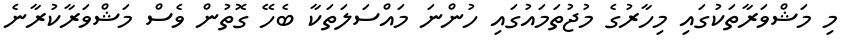
މި މަޝްވަރާތަކުގައި މިހާރުގެ މުޖުތަމައުގައި ހުންނަ މައްސަލަތަކާ ބެހޭ ގޮތުން ވެސް މަޝްވަރާކުރާނެ